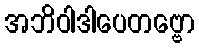
အဘိဝါဒါပေတဗ္ဗော